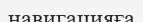
навигацияға